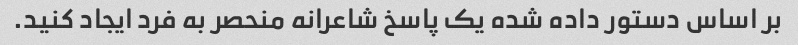
بر اساس دستور داده شده یک پاسخ شاعرانه منحصر به فرد ایجاد کنید.